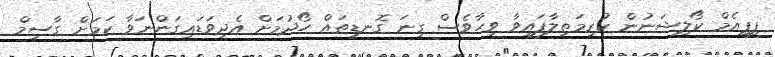
ޕީޕީއެމް ކޯލިޝަނުން ކުރިމަތިލާފައިވާ ވީހާވެސް ގިނަ ގޮނޑިތައް ހޯދުމަށް އެދިވަޑައިގަންނަވާ ކަމަށް ގާސިމް